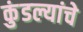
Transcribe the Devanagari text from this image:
कुंडल्यांचे